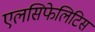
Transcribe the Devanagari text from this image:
एलसिफेलिटिस